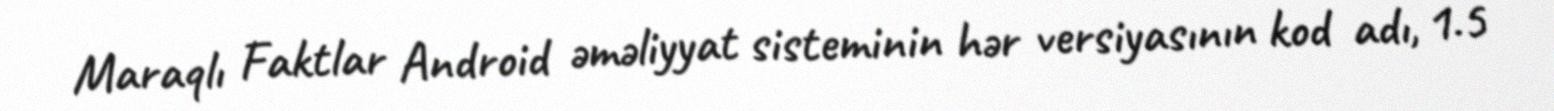
Maraqlı Faktlar Android əməliyyat sisteminin hər versiyasının kod adı, 1.5